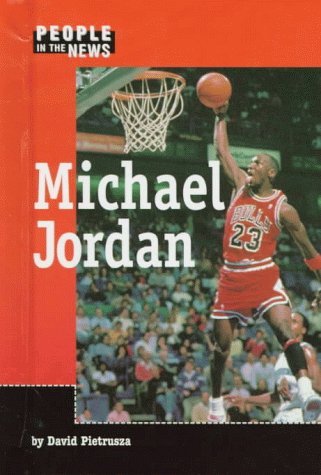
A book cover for Michael Jordan (People in the News); Teen & Young Adult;